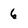
Character: 6